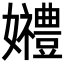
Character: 𡤠